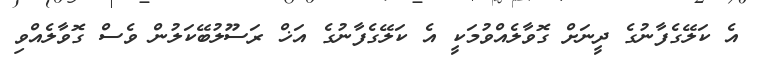
އެ ކަލޭގެފާނުގެ ދީނަށް ގޮވާލެއްވުމަކީ އެ ކަލޭގެފާނުގެ އަޚް ރަސޫލުބޭކަލުން ވެސް ގޮވާލެއްވި